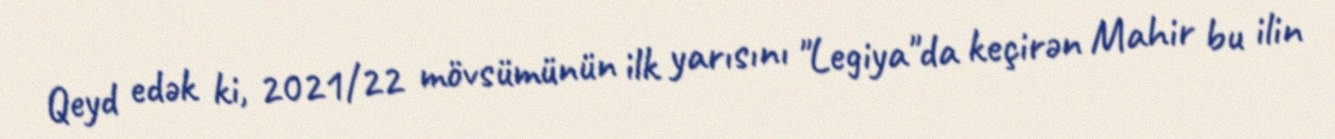
Qeyd edək ki, 2021/22 mövsümünün ilk yarısını "Legiya"da keçirən Mahir bu ilin